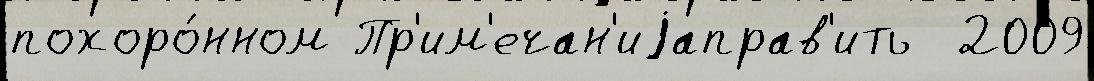
похоро́нном Пр'им'ечан'иjаправ'ить  2009